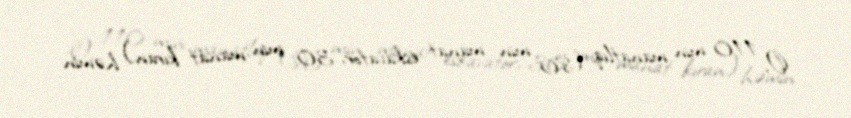
O, 110 min manatlıq (80 min manat eskavator, 30 min manat kıran) həmin